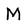
Character: M